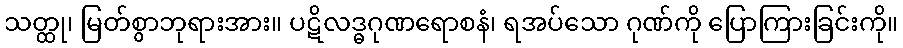
သတ္ထု၊ မြတ်စွာဘုရားအား။ ပဋိလဒ္ဓဂုဏရောစနံ၊ ရအပ်သော ဂုဏ်ကို ပြောကြားခြင်းကို။